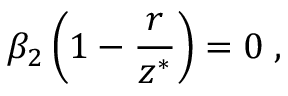
\beta _ { 2 } \left( 1 - \frac { r } { z ^ { * } } \right) = 0 \; ,